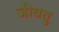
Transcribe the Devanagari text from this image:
जीवतु